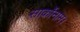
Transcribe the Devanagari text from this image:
सार्कोनाम।